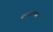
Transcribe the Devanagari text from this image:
दरबारीगण